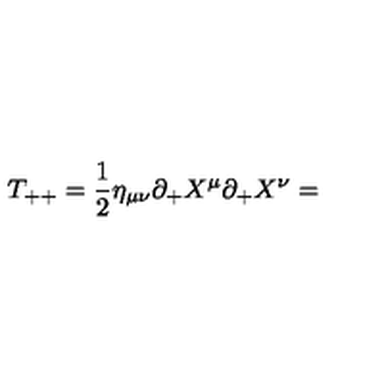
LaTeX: T _ { + + } = \frac { 1 } { 2 } \eta _ { \mu \nu } \partial _ { + } X ^ { \mu } \partial _ { + } X ^ { \nu } =